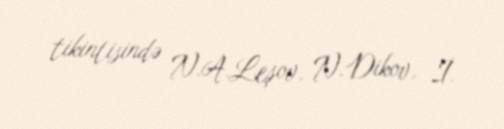
tikintisində N.A.Leşov, N.Dikov, İ.